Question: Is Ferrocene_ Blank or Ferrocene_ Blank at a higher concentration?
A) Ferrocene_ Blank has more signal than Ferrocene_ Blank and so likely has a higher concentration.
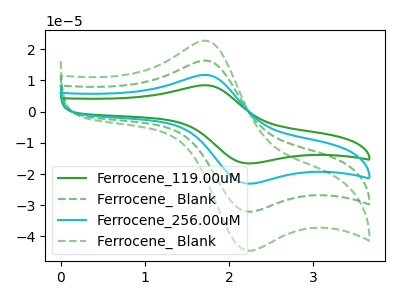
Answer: <think>The green curve "Ferrocene_119.00uM" has an anodic peak at (1.70V, 49.10uA) and a cathodic peak at (2.20V, -95.60uA). The green dashed curve "Ferrocene_ Blank" has an anodic peak at (1.70V, 16.35uA) and a cathodic peak at (2.20V, -31.85uA). The cyan curve "Ferrocene_256.00uM" has an anodic peak at (1.70V, 32.75uA) and a cathodic peak at (2.20V, -63.75uA). The green dashed curve "Ferrocene_ Blank" has an anodic peak at (1.70V, 22.75uA) and a cathodic peak at (2.20V, -44.30uA).
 All the peaks in "Ferrocene_ Blank" have a peak in "Ferrocene_ Blank" at the same potential. Every peak in "Ferrocene_ Blank" is higher than every peak in "Ferrocene_ Blank".</think>
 <answer>A) "Ferrocene_ Blank" has more signal than "Ferrocene_ Blank" and so likely has a higher concentration.</answer>
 <eval>A</eval>